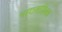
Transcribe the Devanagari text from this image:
धारावाहिका